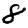
Digit: 8